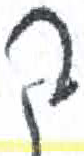
אות: ק